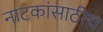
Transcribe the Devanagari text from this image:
नाटकांसाठीच